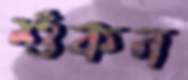
শুঁকন